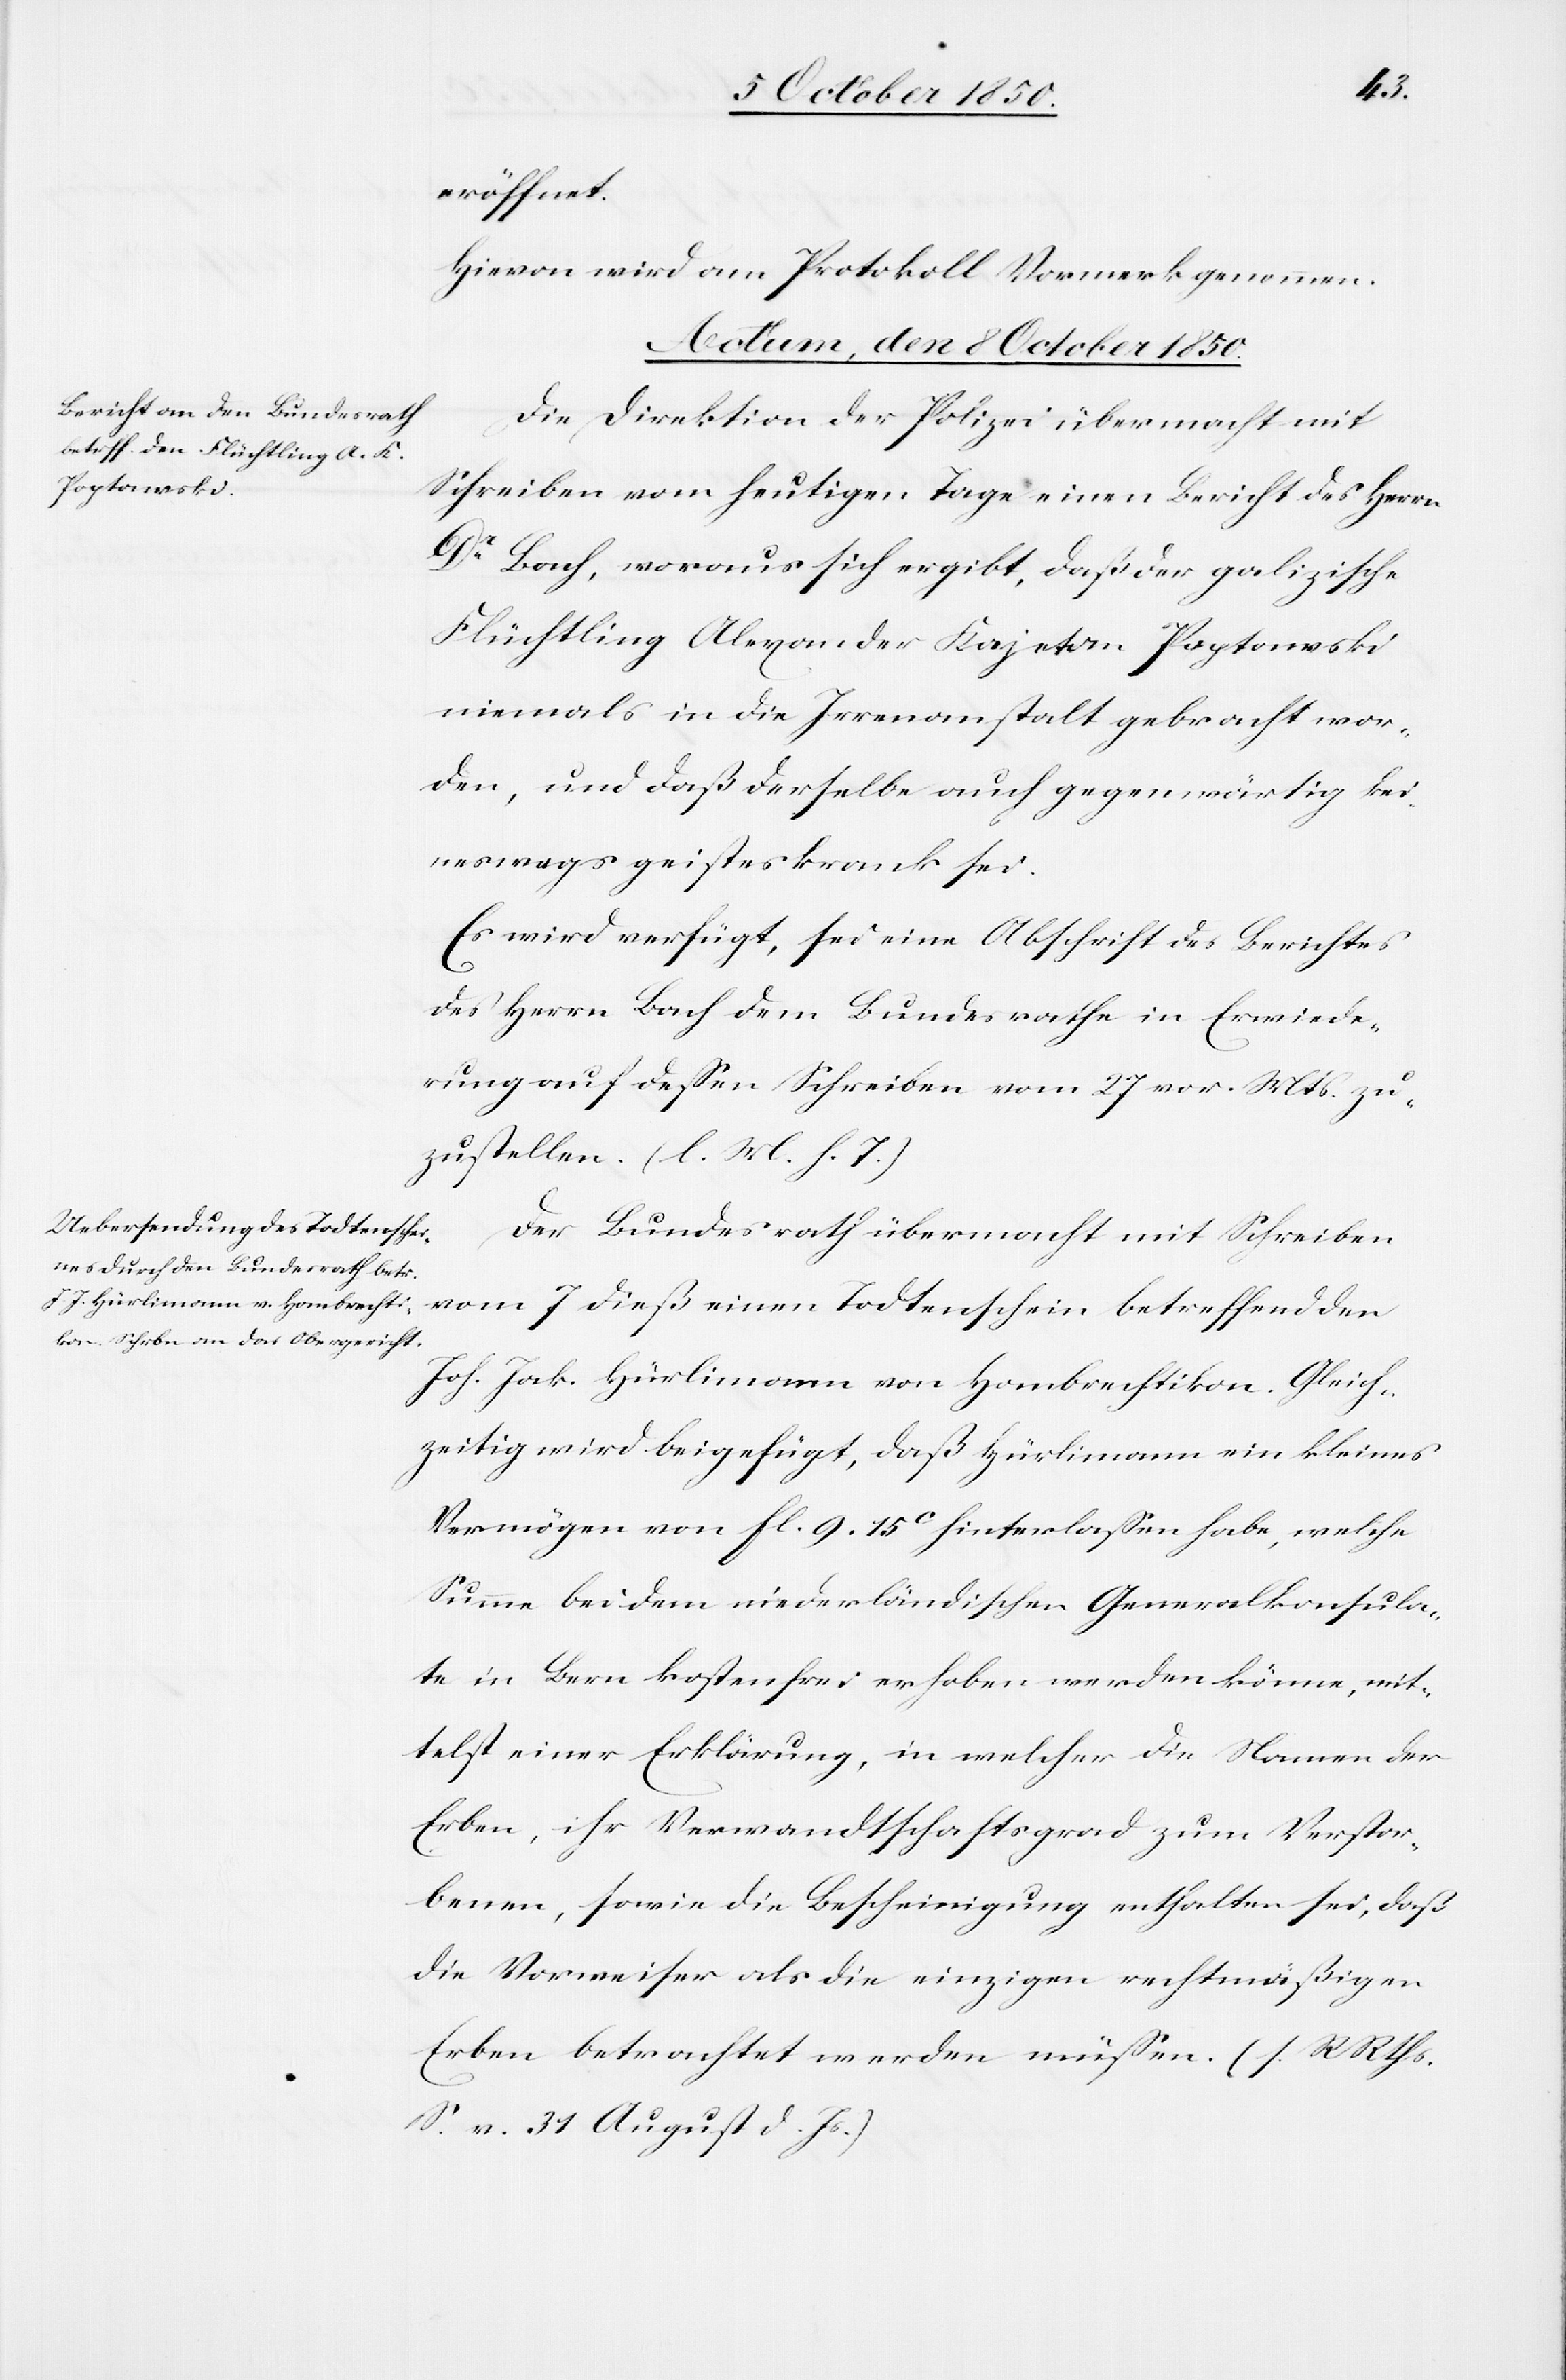
eröffnet.
Hievon wird am Protokoll Vormerk genommen.
Actum, den 8 October 1850.]
Die Direktion der Polizei übermacht mit
Schreiben vom heutigen Tage einen Bericht des Herrn
Dr Bach, woraus sich ergibt, daß der galizische
Flüchtling Alexander Kajetan Poptawski
niemals in die Irrenanstalt gebracht wor¬
den, und daß derselbe auch gegenwärtig kei¬
neswegs geisteskrank sei.
Es wird verfügt, sei eine Abschrift des Berichtes
des Herrn Bach dem Bundesrathe in Erwiede¬
rung auf dessen Schreiben vom 27 vor. Mts. zu¬
zustellen. (l. M. h. T.)
Der Bundesrath übermacht mit Schreiben
vom 7 dieß einen Todtenschein betreffend den
Joh. Jak. Hürlimann von Hombrechtikon. Gleich¬
zeitig wird beigefügt, daß Hürlimann ein kleines
Vermögen von fl. 9 15c hinterlassen habe, welche
Summe bei dem niederländischen Generalkonsula¬
te in Bern kostenfrei erhoben werden könne, mit¬
telst einer Erklärung, in welcher die Namen der
Erben, ihr Verwandtschaftsgrad zum Verstor¬
benen, sowie die Bescheinigung enthalten sei, daß
die Vorweiser als die einzigen rechtmäßigen
Erben betrachtet werden müssen. (s. RRts.
S. v. 31 August d. Js.)